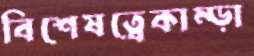
বিশেষত্বেকাম্‌ড়া